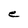
Character: e